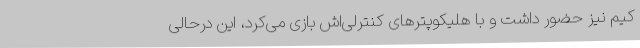
کیم نیز حضور داشت و با هلیکوپترهای کنترلی‌اش بازی می‌کرد، این درحالی